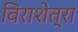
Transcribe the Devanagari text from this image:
विराशेत्रा